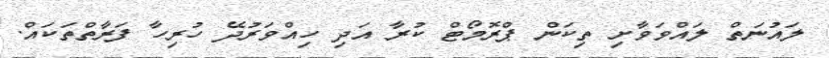
ލައުނަތް ލައްވަވާށި ތިކަން ޕްރޮމޯޓް ކުރާ އަދި ހިއްވަރުދޭ ހުރިހާ ފަރާތްތަކައް.